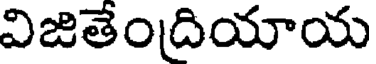
విజితేందియాయ